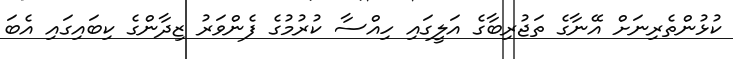
ކުޅުންތެރިނަށް އޭނާގެ ތަޖުރިބާގެ އަލީގައި ހިއްސާ ކުރުމުގެ ފެންވަރު ޒިދާންގެ ކިބައިގައި އެބަ